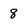
Character: 8